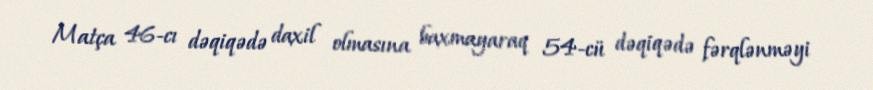
Matça 46-cı dəqiqədə daxil olmasına baxmayaraq 54-cü dəqiqədə fərqlənməyi